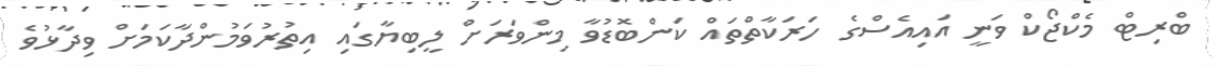
ބްރިޓް މެކްޖޯކް ވަނީ އައިއެސްގެ ހަރަކާތްތައް ކަންބޮޑުވާ މިންވަރަށް ލީބިޔާގައި އިތުރުވަމުންދާކަމަށް ވިދާޅުވެ